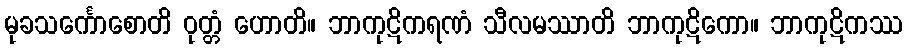
မုခသင်္ကောစောတိ ဝုတ္တံ ဟောတိ။ ဘာကုဋိကရဏံ သီလမဿာတိ ဘာကုဋိကော။ ဘာကုဋိကဿ